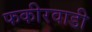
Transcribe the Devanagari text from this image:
फकीरवाडी